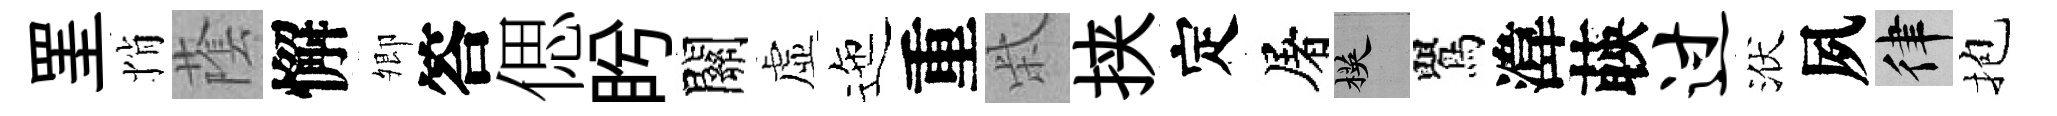
罣悄䕃懈𡖖答偲盻關虚迤重柴挟定屠楧鸎湋𦴤过洑夙律抱